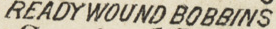
READY WOUND BOBBINS